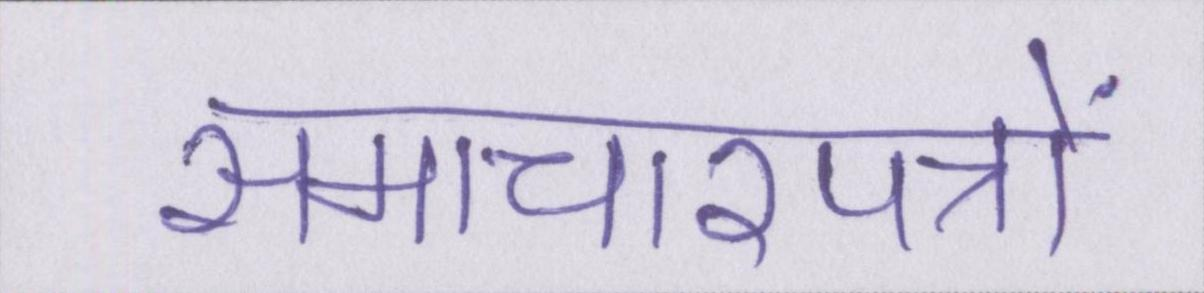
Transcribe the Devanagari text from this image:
समाचारपत्रों